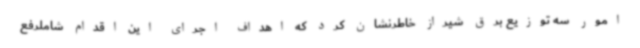
امور سه توزیع برق شیراز خاطرنشان کرد که اهداف اجرای این اقدام شاملرفع